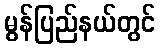
မွန်ပြည်နယ်တွင်